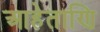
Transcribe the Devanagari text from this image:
आहेताणि